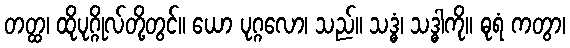
တတ္ထ၊ ထိုပုဂ္ဂိုလ်တို့တွင်။ ယော ပုဂ္ဂလော၊ သည်။ သဒ္ဓံ၊ သဒ္ဓါကို။ ဓုရံ ကတွာ၊